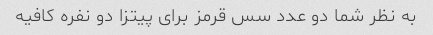
به نظر شما دو عدد سس قرمز برای پیتزا دو نفره کافیه